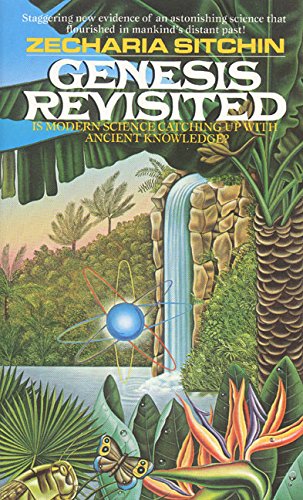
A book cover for Genesis Revisited (Earth Chronicles); Zecharia Sitchin; Literature & Fiction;